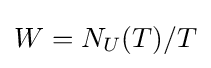
W=N_{U}(T)/T